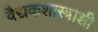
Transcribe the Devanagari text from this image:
वैद्यकशास्त्राशी